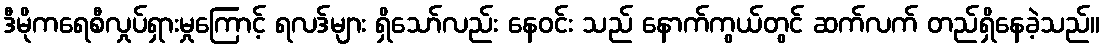
ဒီမိုကရေစီလှုပ်ရှားမှုကြောင့် ရလဒ်များ ရှိသော်လည်း နေဝင်း သည် နောက်ကွယ်တွင် ဆက်လက် တည်ရှိနေခဲ့သည်။